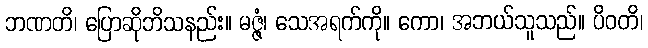
ဘဏတိ၊ ပြောဆိုဘိသနည်း။ မဇ္ဇံ၊ သေအရက်ကို။ ကော၊ အဘယ်သူသည်။ ပိဝတိ၊